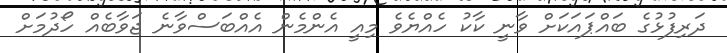
ދަރިފުޅުގެ ބައްޕައަކަށް ވާނީ ކާކު ހެއްޔެވެ މިއީ އެންމެން އެއްބަސްވާނެ ޖަވާބެއް ހޯދުމަށް